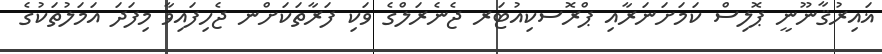
ޣައިރުޤާނޫނީ ޕޮލިސް ކަމަށަނަރާއި ޕްރޮސކިއުޓަރ ޖެނެރަލްގެ ވަކި ފަރާތަކަށްނ ޖެހިފައިވާ މިފަދަ އަމަލުތަކުގެ